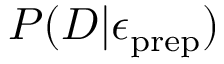
P ( D | \epsilon _ { \mathrm { p r e p } } )